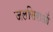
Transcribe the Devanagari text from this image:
जलसिराओं